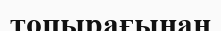
топырағынан